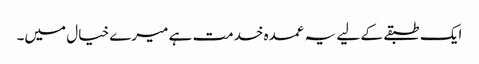
ایک طبقے کے لیے یہ عمدہ خدمت ہے میرے خیال میں۔